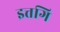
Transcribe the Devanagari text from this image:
इत्तगि